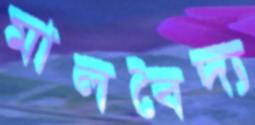
মালবৈদ্য